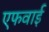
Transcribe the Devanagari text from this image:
एफवाई